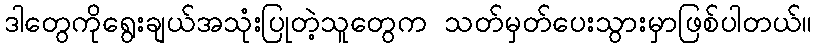
ဒါတွေကိုရွေးချယ်အသုံးပြုတဲ့သူတွေက သတ်မှတ်ပေးသွားမှာဖြစ်ပါတယ်။